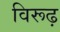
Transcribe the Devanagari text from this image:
विरूढ़